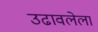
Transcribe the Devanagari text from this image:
उढावलेला